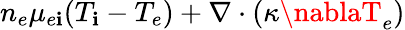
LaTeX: n_{e}\mu_{e\mathbf{i}}(T_{\mathbf{i}}-T_{e})+\nabla\cdot(\kappa\nablaT_{e})